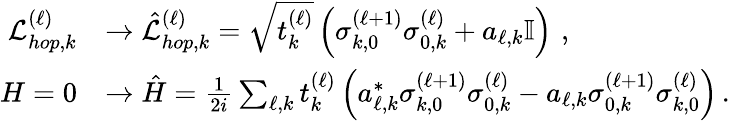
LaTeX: \begin{array}{rl}{\mathcal{L}_{hop,k}^{(\ell)}}&{\rightarrow\hat{\mathcal{L}}_{hop,k}^{(\ell)}=\sqrt{t_{k}^{(\ell)}}\left(\sigma_{k,0}^{(\ell+1)}\sigma_{0,k}^{(\ell)}+a_{\ell,k}\mathbb{I}\right)\, \, ,}\\ {H=0}&{\rightarrow\hat{H}=\frac{1}{2i}\sum_{\ell,k}t_{k}^{(\ell)}\left(a_{\ell,k}^{*}\sigma_{k,0}^{(\ell+1)}\sigma_{0,k}^{(\ell)}-a_{\ell,k}\sigma_{0,k}^{(\ell+1)}\sigma_{k,0}^{(\ell)}\right)\, .}\end{array}